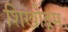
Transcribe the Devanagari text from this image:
शिखोद्गमः